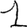
Digit: 1